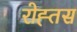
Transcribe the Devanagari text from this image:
रोह्तस